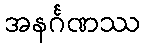
အနင်္ဂဏဿ